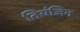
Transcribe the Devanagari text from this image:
तियंजिन